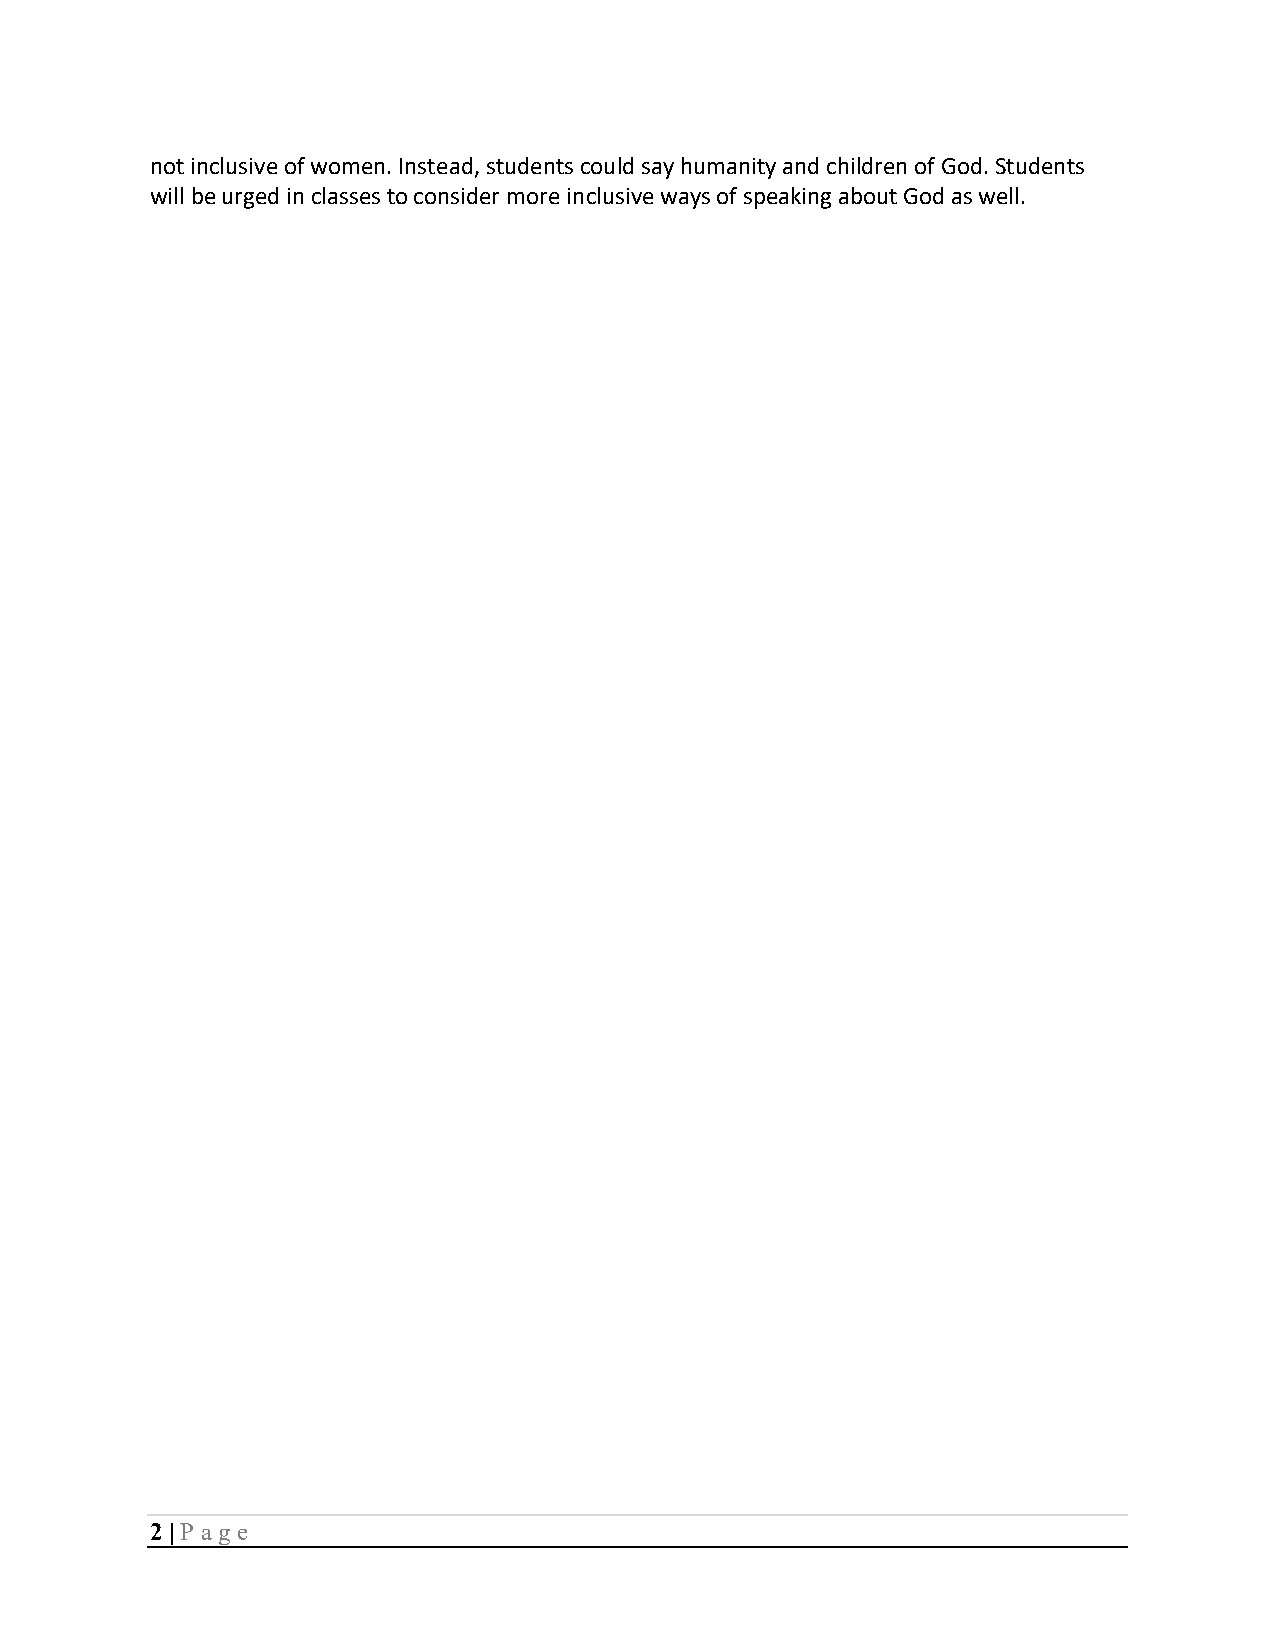
not inclusive of women. Instead, students could say humanity and children of God. Students
 will be urged in classes to consider more inclusive ways of speaking about God as well.
 2 | P age